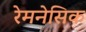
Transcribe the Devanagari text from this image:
रेमनेसिक